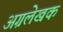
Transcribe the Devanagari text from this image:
अग्रलेखक